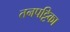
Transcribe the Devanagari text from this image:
तनपट्टिका